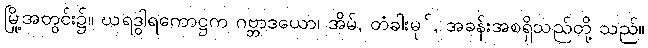
မြို့အတွင်း၌။ ဃရဒွါရကောဋ္ဌက ဂဗ္ဘာဒယော၊ အိမ်, တံခါးမု်, အခန်းအစရှိသည်တို့ သည်။